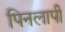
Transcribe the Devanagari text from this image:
पिनलापी